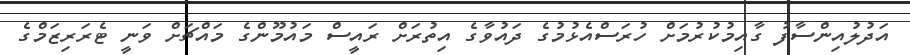
އަދުލުއިންސާފު ގާއިމުކުރުމަށް ހުރަސްއެޅުމުގެ ދައުވާގެ އިތުރަށް ރައީސް މައުމޫންގެ މައްޗަށް ވަނީ ޓެރަރިޒަމްގެ